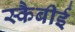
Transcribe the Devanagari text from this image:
स्कैबीई